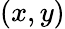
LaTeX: (x,y)